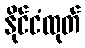
နိုင်ငံထုတ်